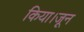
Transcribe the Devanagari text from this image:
किया।जून